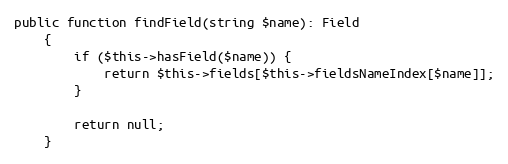
Language: PHP
public function findField(string $name): Field
    {
        if ($this->hasField($name)) {
            return $this->fields[$this->fieldsNameIndex[$name]];
        }

        return null;
    }